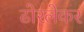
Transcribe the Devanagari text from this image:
ढोरलेकर